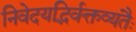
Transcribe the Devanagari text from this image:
निवेदयद्भिर्वक्तव्यंतैः